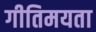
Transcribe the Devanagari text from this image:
गीतिमयता